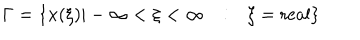
LaTeX: \Gamma = \{ x ( \xi ) | - \infty < \xi < \infty \ \ \ : \ \ \ \xi = \mathrm { r e a l } \}